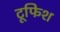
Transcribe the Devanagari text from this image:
टूफिश